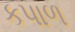
કપાળ